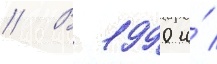
// В 1990 и́